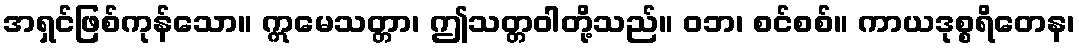
အရှင်ဖြစ်ကုန်သော။ ဣမေသတ္တာ၊ ဤသတ္တဝါတို့သည်။ ဝဘ၊ စင်စစ်။ ကာယဒုစ္စရိတေန၊